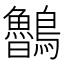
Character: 𪈂